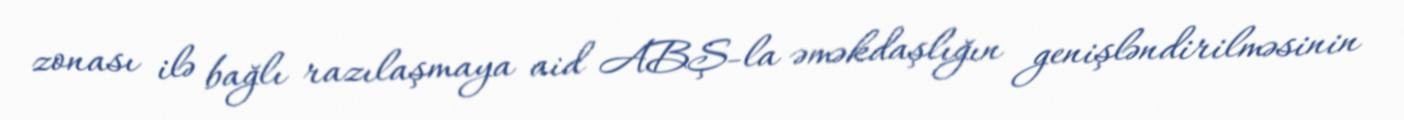
zonası ilə bağlı razılaşmaya aid ABŞ-la əməkdaşlığın genişləndirilməsinin